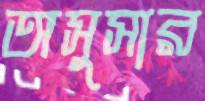
অসুসার